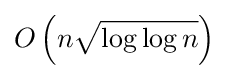
O\left(n{\sqrt {\log \log n}}\right)